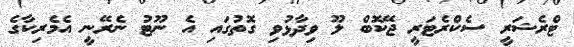
ޓްރެޝަރީ ސެކްރެޓަރީ ޖޭކޮބް ލޫ ވިދާޅުވި ގޮތުގައި އެ ނޫޓު ނެރޭނީ އެމެރިކާގެ